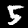
Digit: 5